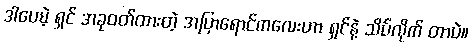
ဒါပေမဲ့ ရှင် အခုဝတ်ထားတဲ့ အပြာရောင်ကလေးဟာ ရှင်နဲ့ သိပ်လိုက် တာပဲ။